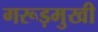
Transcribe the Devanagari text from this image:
गरूड़मुखी